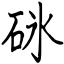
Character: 砯